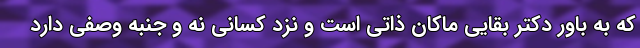
که به باور دکتر بقایی ماکان ذاتی است و نزد کسانی نه و جنبه وصفی دارد